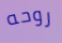
روحه